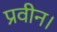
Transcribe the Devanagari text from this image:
प्रवीन।